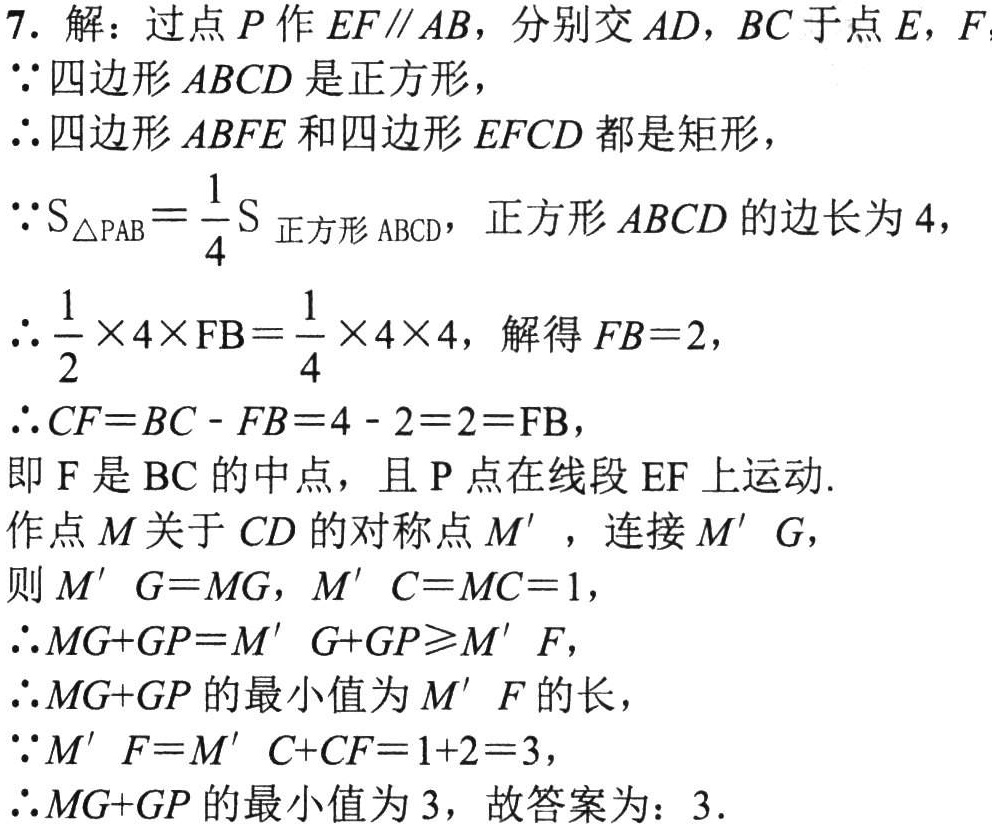
7. 解：过点\(P\)作\(EF\parallel AB\)，分别交\(AD\)，\(BC\)于点\(E\)，\(F\)
\(\because\)四边形\(ABCD\)是正方形，
\(\therefore\)四边形\(ABFE\)和四边形\(EFCD\)都是矩形，
\(\because S_{\triangle PAB}=\frac{1}{4}S_{\text{正方形}ABCD}\)，正方形\(ABCD\)的边长为\(4\)，
\(\therefore \frac{1}{2}\times4\times FB=\frac{1}{4}\times4\times4\)，解得\(FB = 2\)，
\(\therefore CF=BC - FB=4 - 2=2=FB\)，
即\(F\)是\(BC\)的中点，且\(P\)点在线段\(EF\)上运动.
作点\(M\)关于\(CD\)的对称点\(M'\)，连接\(M'G\)，
则\(M'G = MG\)，\(M'C = MC = 1\)，
\(\therefore MG + GP = M'G+GP\geqslant M'F\)，
\(\therefore MG + GP\)的最小值为\(M'F\)的长，
\(\because M'F = M'C + CF=1 + 2=3\)，
\(\therefore MG + GP\)的最小值为\(3\)，故答案为：\(3\).